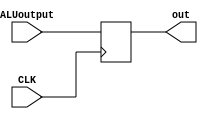
`timescale 1ns / 1ps
//////////////////////////////////////////////////////////////////////////////////
// Company: 
// Engineer: 
// 
// Design Name: 
// Module Name: output_reg
// Project Name: 
// Target Devices: 
// Tool Versions: 
// Description: 
// 
// Dependencies: 
// 
// Revision:
// Revision 0.01 - File Created
// Additional Comments:
// 
/////////////////////////////////////////////////////////////////////////////////


module output_reg(input CLK,input [31:0]ALUoutput,output reg [31:0]out
    );
    //reg [31:0]mem;
    always @(negedge CLK ) begin
        out=ALUoutput;
        //$display("aluout %d",out);
        //$display("alumem %d",mem);
    end
    //assign out=mem;
endmodule